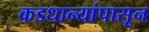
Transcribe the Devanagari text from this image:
कडधान्यांपासून